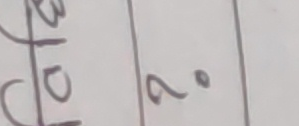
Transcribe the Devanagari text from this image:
२°